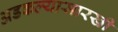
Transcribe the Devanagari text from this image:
अडकल्यासारखी